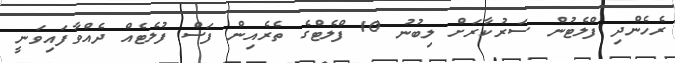
ރެހެންދި ފްލެޓުން ސަރުކާރަށް ލިބުނު 10 ފްލެޓްގެ ތެރެއިން ފަސް ފުލެޓެއް ދެއްވާފައިވަނީ